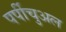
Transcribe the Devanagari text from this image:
पर्पीचुअल